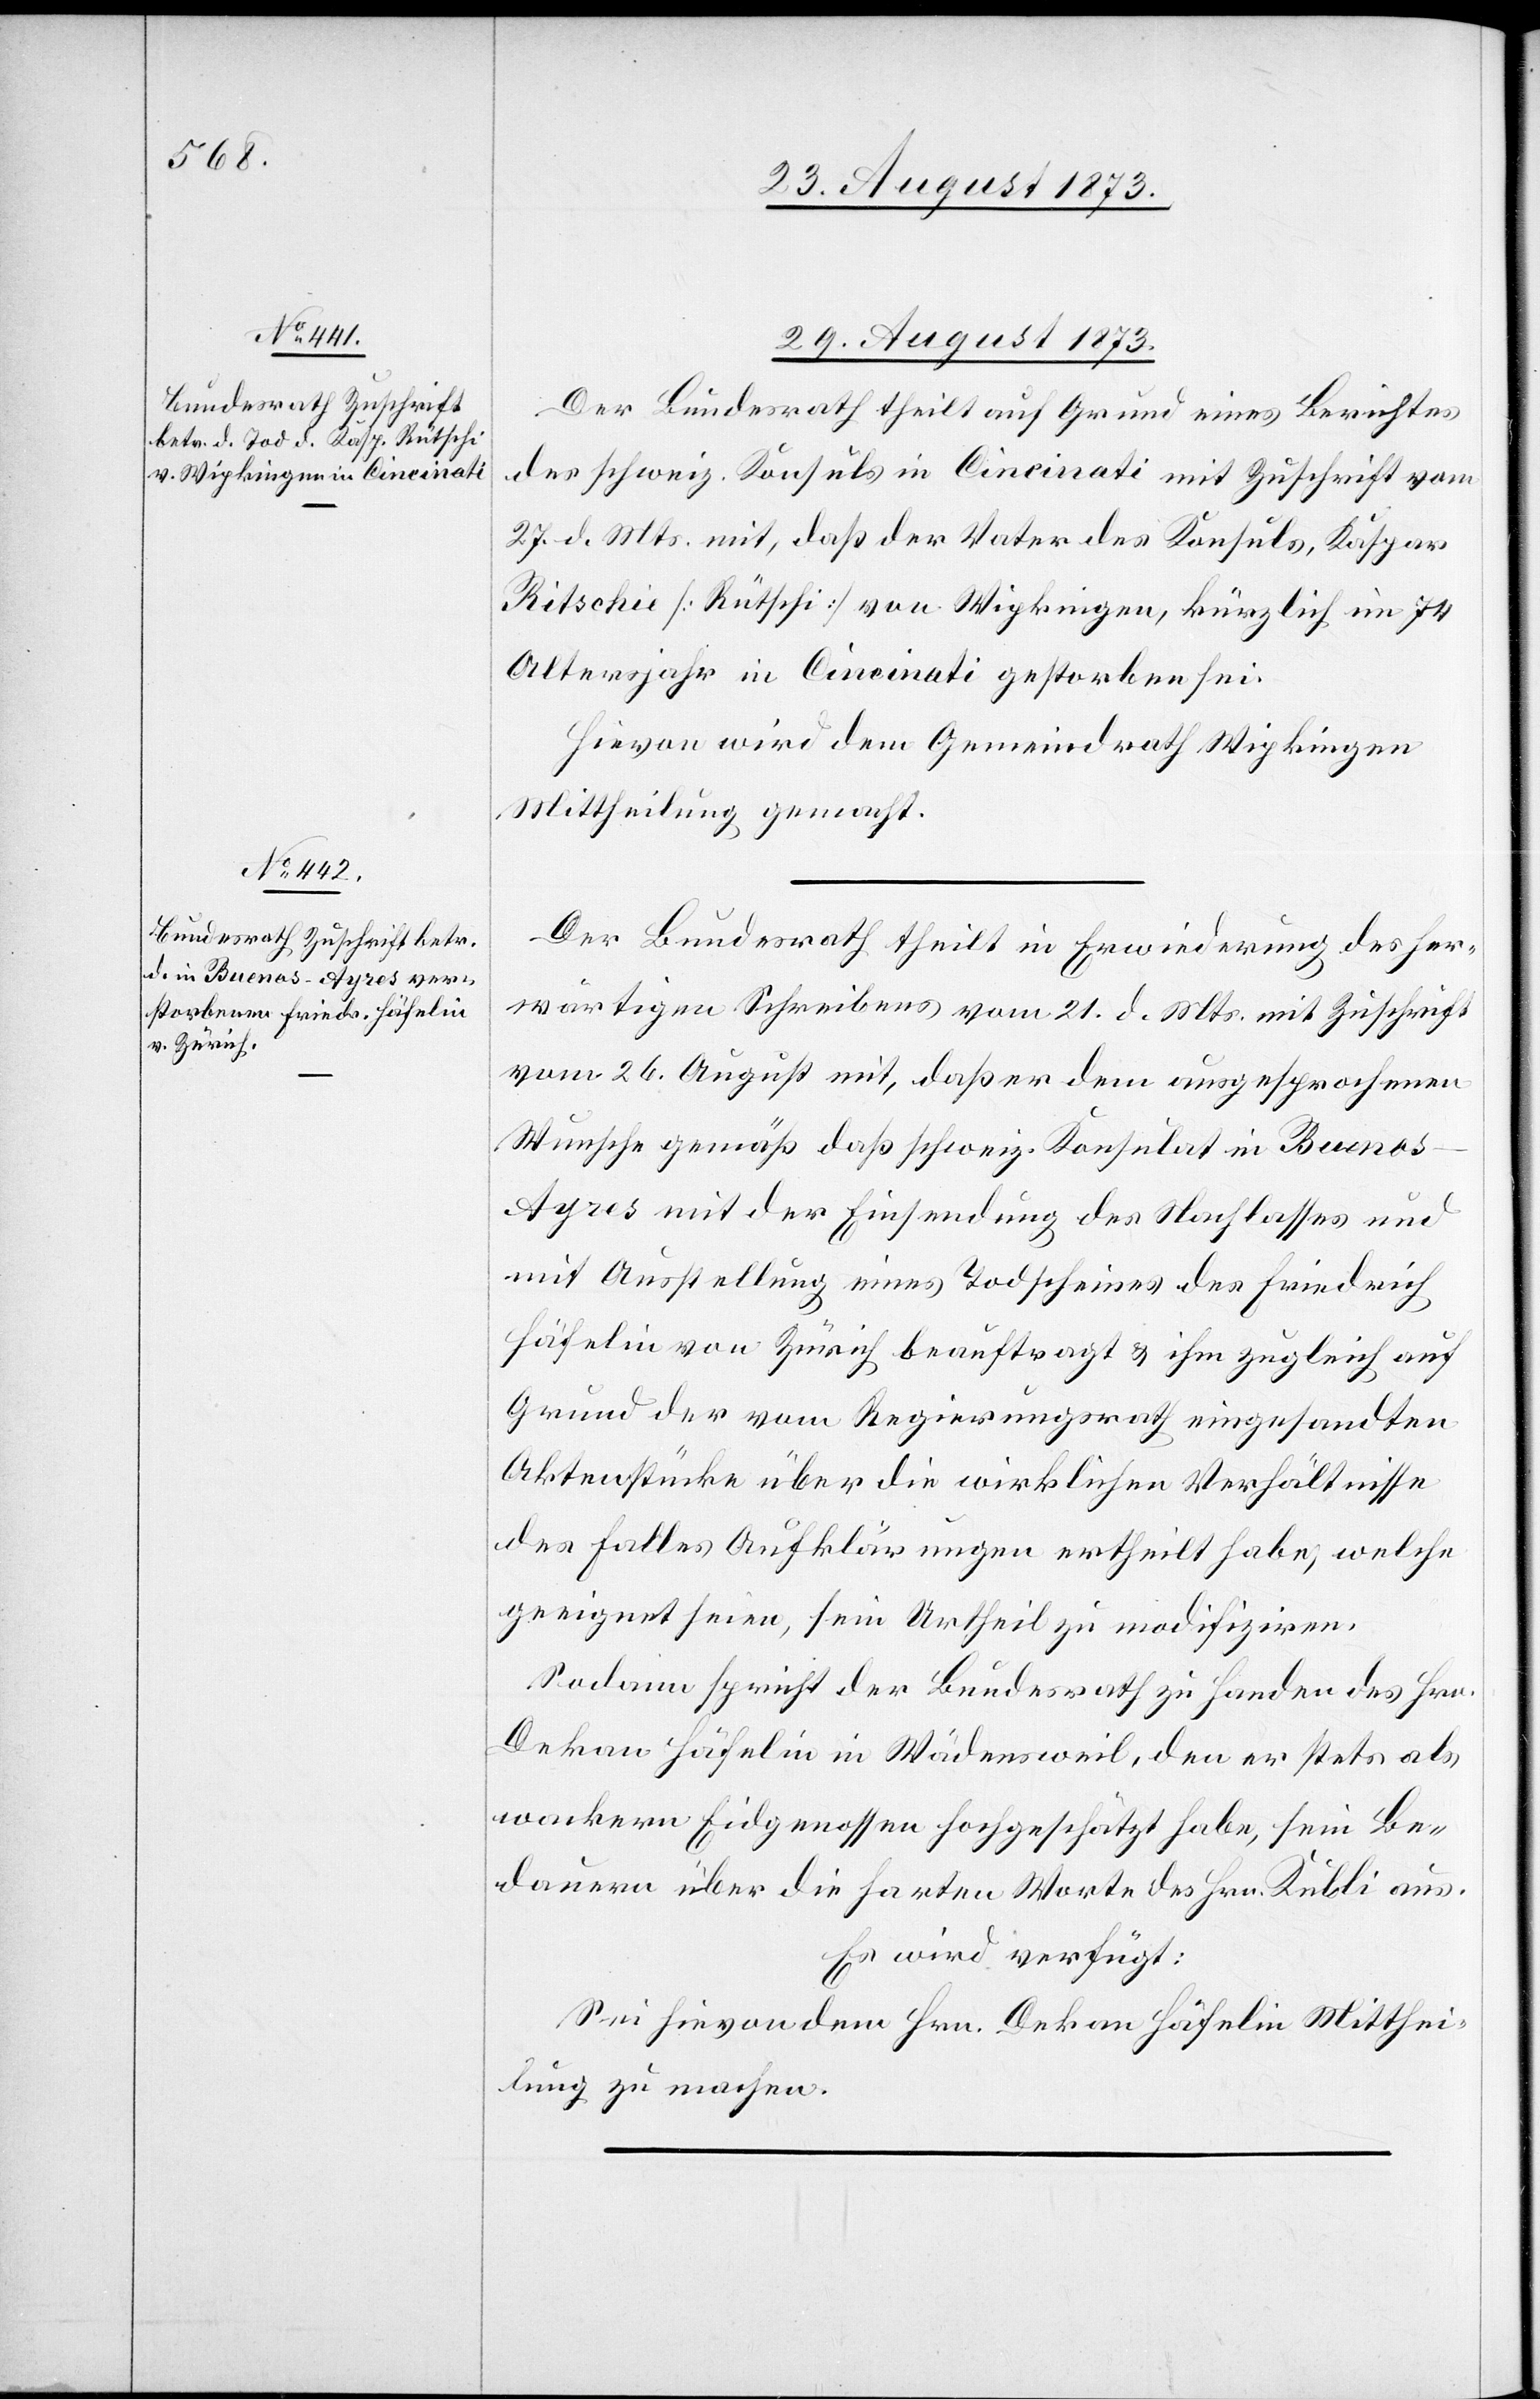
29. August 1873.]
Der Bundesrath theilt auf Grund eines Berichtes
des schweiz. Konsuls in Cincinati mit Zuschrift vom
27. d. Mts. mit, daß der Vater des Konsuls, Kaspar
Ritschie [Rütschi] von Wipkingen, kürzlich im 74
Altersjahr in Cincinati gestorben sei.
Hievon wird dem Gemeindrath Wipkingen
Mittheilung gemacht.
Der Bundesrath theilt in Erwiederung des her¬
wärtigen Schreibens vom 21. d. Mts. mit Zuschrift
vom 26. August mit, daß er dem ausgesprochenen
Wunsche gemäß daß [sic!] schweiz. Konsulat in Bueno¬
s-Ayres mit der Einsendung des Nachlasses und
mit Ausstellung eines Todscheines des Friedrich
Häfelin von Zürich beauftragt & ihm zugleich auf
Grund der vom Regierungsrath eingesandten
Aktenstücke über die wirklichen Verhältnisse
des Falles Aufklärungen ertheilt habe, welche
geeignet seien, sein Urtheil zu modifiziren.
Sodann spricht der Bundesrath zu Handen des Hrn.
Dekan Häfelin in Wädensweil, den er stets als
wackern Eidgenossen hochgeschätzt habe, sein Be¬
dauern über die harten Worte des Hrn. Kubli aus.
Es wird verfügt:
Sei hievon dem Hrn. Dekan Häfelin Mitthei¬
lung zu machen.